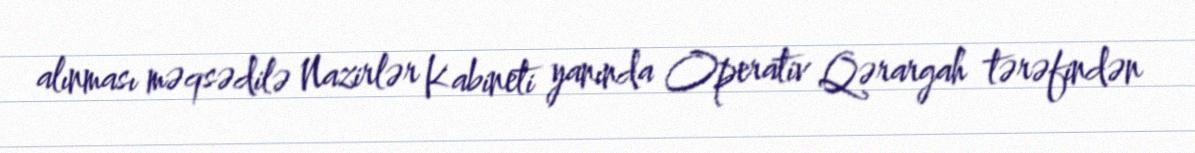
alınması məqsədilə Nazirlər Kabineti yanında Operativ Qərargah tərəfindən